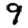
Digit: 9